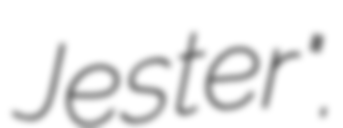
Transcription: Jester".